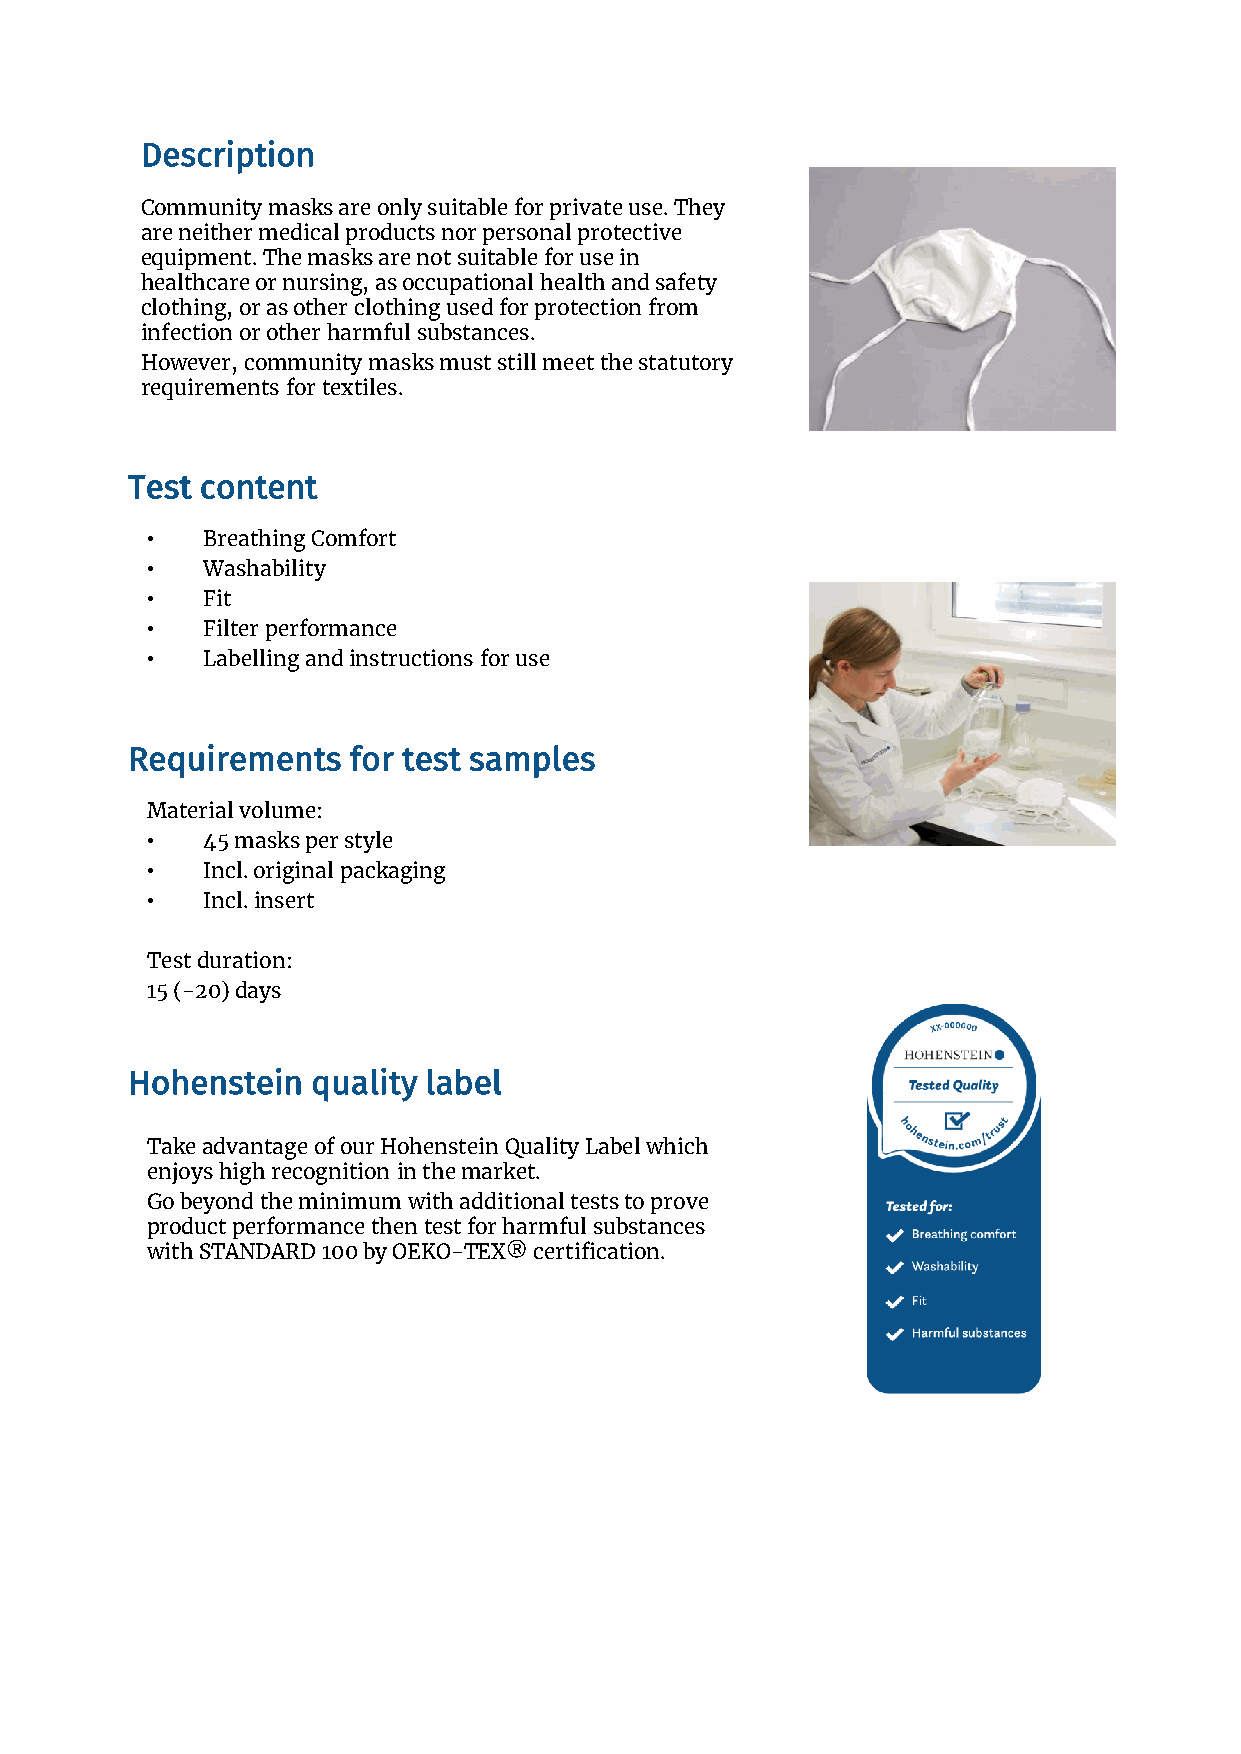
Description
 Community masks are only suitable for private use. They
 are neither medical products nor personal protective
 equipment. The masks are not suitable for use in
 healthcare or nursing, as occupational health and safety
 clothing, or as other clothing used for protection from
 infection or other harmful substances.
 However, community masks must still meet the statutory
 requirements for textiles.
 Test content
 •  BreathingComfort
 •  Washability
 •  Fit
 •  Filter performance
 •  Labellingand instructionsforuse
 Requirements   for test samples
 Material volume:
 •  45 masksper style
 •  Incl. original packaging
 •  Incl. insert
 Test duration:
 15 (-20) days
 Hohenstein   quality label
 Take advantageofourHohenstein Quality Label which
 enjoyshigh recognition in themarket.
 Go beyond the minimum with additional tests to prove
 product performance then test for harmful substances
 with STANDARD 100 by OEKO-TEX® certification.